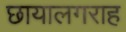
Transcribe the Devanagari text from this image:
छायालगराह